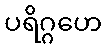
ပရိဂ္ဂဟေ